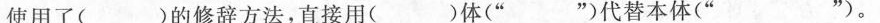
使用了( )的修辞方法，直接用( )体(” ”)代替本体(” ”)。